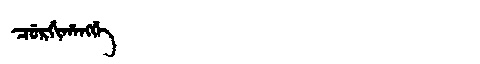
Manchu: ᠴᡠᡵᡤᡳᡥᠠᠩᡤᡝ
Romanization: CURGIHANGGE